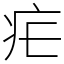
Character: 疟